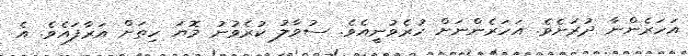
އަހަރެންނާ ދުރަށެވެ. އަހަރެންނަށް ހުރެވުނީއެވެ. ސުވާލު ކުރެވުނު މޮޔަ ހިތަށް އަރާފައެވެ. އެ